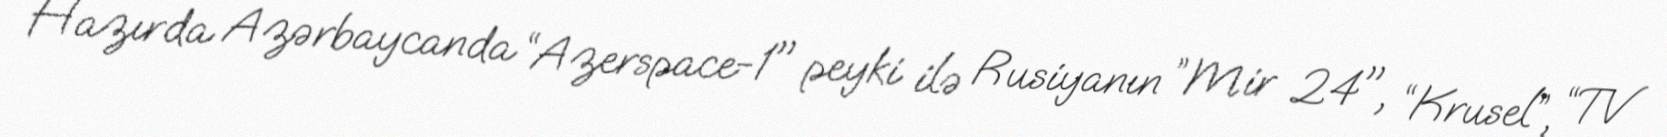
Hazırda Azərbaycanda “Azerspace-1" peyki ilə Rusiyanın ”Mir 24", “Krusel”, “TV